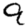
Digit: 9